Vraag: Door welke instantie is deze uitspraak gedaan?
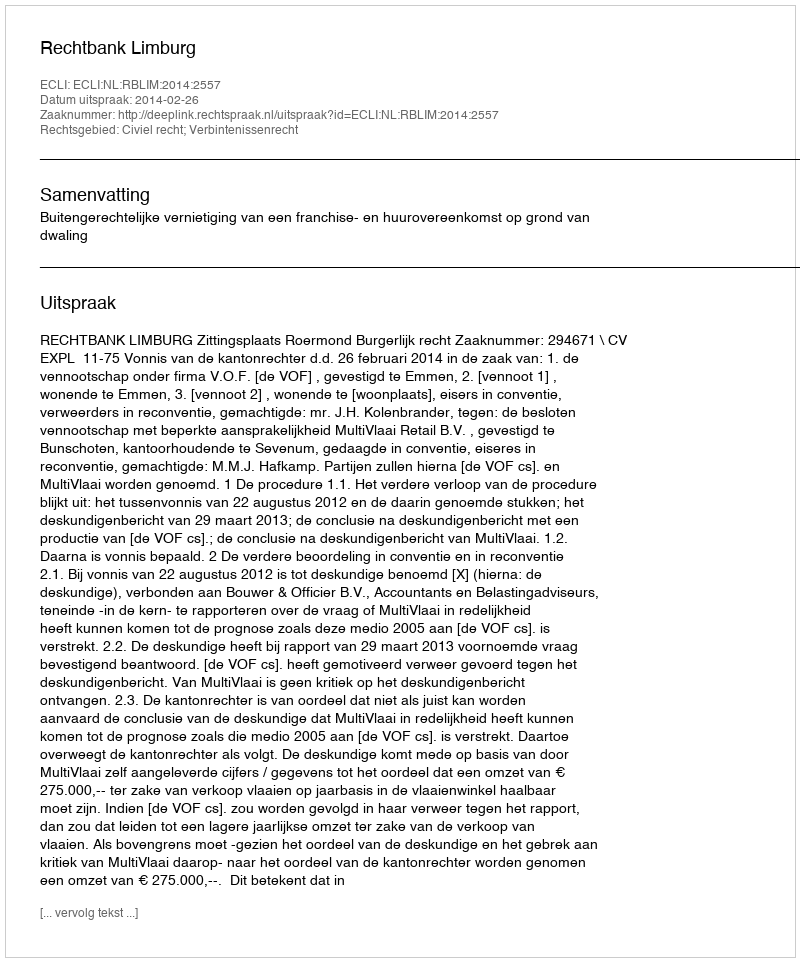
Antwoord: Rechtbank Limburg